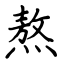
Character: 熬